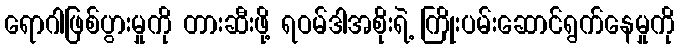
ရောဂါဖြစ်ပွားမှုကို တားဆီးဖို့ ရဝမ်ဒါအစိုးရဲ့ ကြိုးပမ်းဆောင်ရွက်နေမှုကို